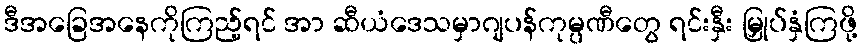
ဒီအခြေအနေကိုကြည့်ရင် အာ ဆီယံဒေသမှာဂျပန်ကုမ္ပဏီတွေ ရင်းနှီး မြှုပ်နှံကြဖို့